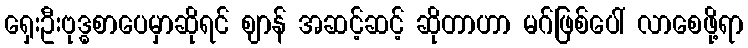
ရှေးဦးဗုဒ္ဓစာပေမှာဆိုရင် ဈာန် အဆင့်ဆင့် ဆိုတာဟာ မဂ်ဖြစ်ပေါ် လာစေဖို့ရာ